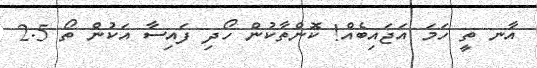
އާނ ތީ ހަމަ އަޖައިބެއް! ކޮންތާކުން ހޯދި ފައިސާ އަކުން ތޯ 2.5